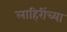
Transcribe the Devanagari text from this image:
लाहिरींच्या